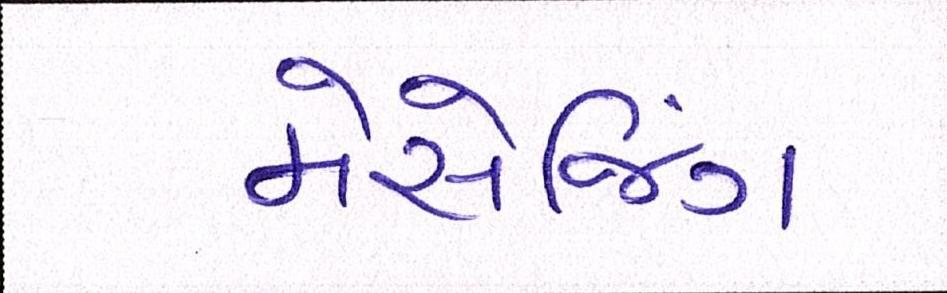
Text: મેસેજિંગ